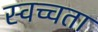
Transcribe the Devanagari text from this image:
स्वच्चता